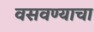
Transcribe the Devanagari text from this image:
वसवण्याचा